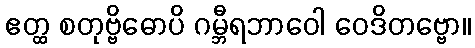
ဧတ္ထ စတုဗ္ဗိဓောပိ ဂမ္ဘီရဘာဝေါ ဝေဒိတဗ္ဗော။